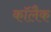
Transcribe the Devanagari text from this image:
कॉलैक